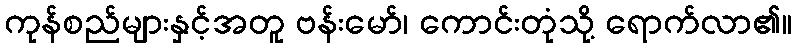
ကုန်စည်များနှင့်အတူ ဗန်းမော်၊ ကောင်းတုံသို့ ရောက်လာ၏။